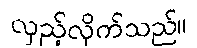
လှည့်လိုက်သည်။